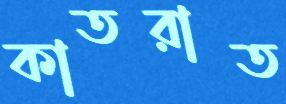
কাতরাত